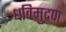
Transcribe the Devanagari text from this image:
धविमुद्रण